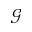
\mathcal { G }